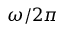
\omega / 2 \pi